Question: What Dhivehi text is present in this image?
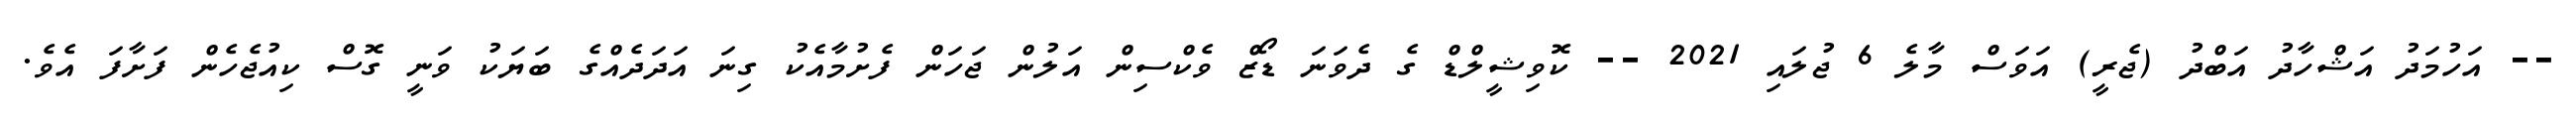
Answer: -- އަހުމަދު އަޝްހާދު އަބްދު (ޖެރީ) އަވަސް މާލެ 6 ޖުލައި 2021 -- ކޮވިޝީލްޑް ގެ ދެވަނަ ޑޯޒް ވެކްސިން އަލުން ޖަހަން ފެށުމާއެކު ގިނަ އަދަދެއްގެ ބަޔަކު ވަނީ ގޮސް ކިއުޖެހެން ފަށާފަ އެވެ.